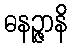
ဓနဉ္ဇာနိ